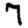
Digit: 7